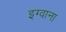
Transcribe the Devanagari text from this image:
इग्वाना